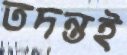
তদন্তই